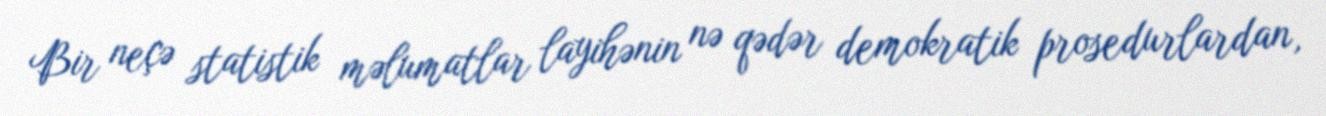
Bir neçə statistik məlumatlar layihənin nə qədər demokratik prosedurlardan,